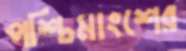
পশ্চিমাংশের